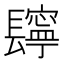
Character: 𨲸